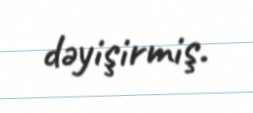
dəyişirmiş.